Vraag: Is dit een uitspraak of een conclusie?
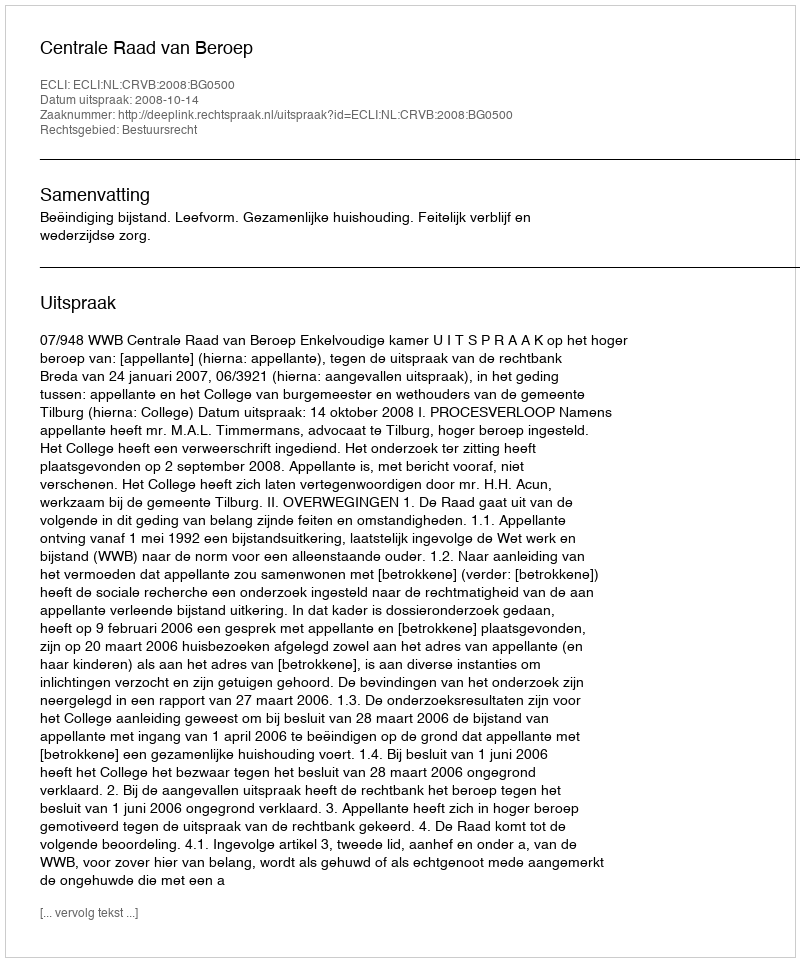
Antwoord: Uitspraak